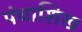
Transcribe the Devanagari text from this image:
पंचाशिख